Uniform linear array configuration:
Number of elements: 48
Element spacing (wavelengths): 0.5
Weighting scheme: binomial
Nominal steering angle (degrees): -30
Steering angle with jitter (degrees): -29.56
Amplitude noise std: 0.05
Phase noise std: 0.05

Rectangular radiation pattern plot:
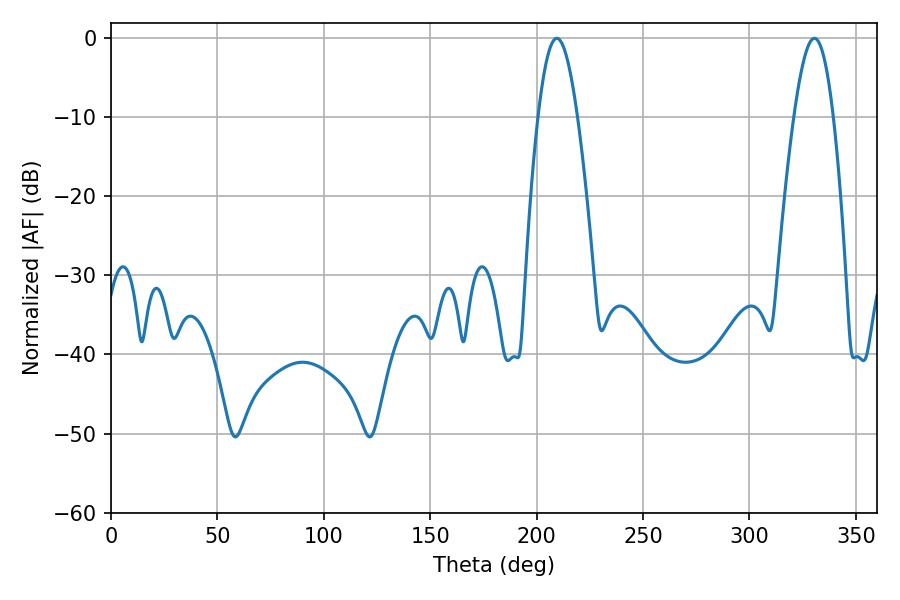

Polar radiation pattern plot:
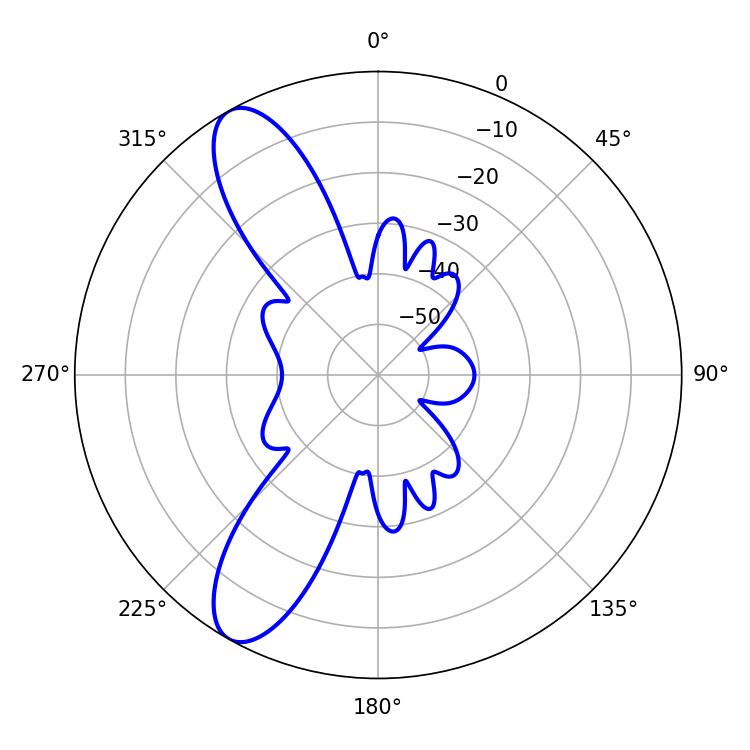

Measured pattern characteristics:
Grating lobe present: FALSE
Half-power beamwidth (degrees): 9.9
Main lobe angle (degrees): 209.52